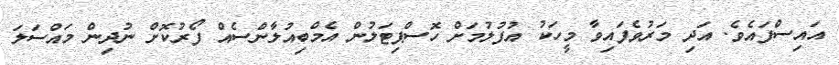
އައިސްފައެވެ. އަދި މަރުވެފައިވާ މީހަކު އުފުލުމަށް ހޮސްޕިޓަލުން އެމްބިއުލާންސެއް ފޯރުކޮށް ނުދިން މައްސަލަ